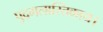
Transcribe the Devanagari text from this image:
पुद्गलास्तिकाय।